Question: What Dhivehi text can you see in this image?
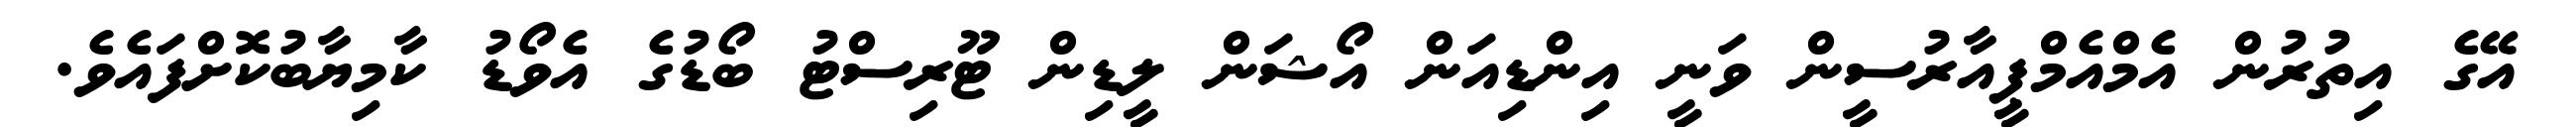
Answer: އޭގެ އިތުރުން އެމްއެމްޕީއާރުސީން ވަނީ އިންޑިއަން އޯޝަން ލީޑިން ޓޫރިސްޓު ބޯޑުގެ އެވޯޑު ކާމިޔާބުކޮށްފައެވެ.